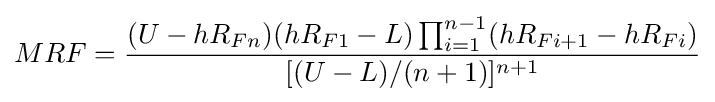
MRF={\frac {(U-hR_{Fn})(hR_{F1}-L)\prod _{i=1}^{n-1}(hR_{Fi+1}-hR_{Fi})}{[(U-L)/(n+1)]^{n+1}}}